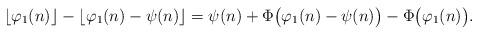
LaTeX: \begin{align*}\lfloor \varphi_1(n) \rfloor - \lfloor \varphi_1(n) - \psi(n) \rfloor=\psi(n)+\Phi\big(\varphi_1(n)-\psi(n) \big)-\Phi\big(\varphi_1(n)\big).\end{align*}